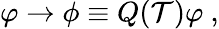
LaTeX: \varphi\to\phi\equiv Q({\cal T})\varphi~,